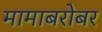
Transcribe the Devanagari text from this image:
मामाबरोबर